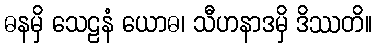
ဓနမှိ သေဠနံ ယောဓ၊ သီဟနာဒမှိ ဒိဿတိ။